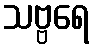
သဗ္ဗရေ